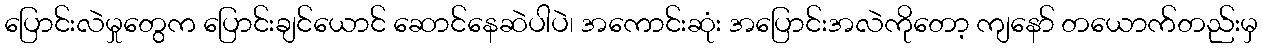
ပြောင်းလဲမှုတွေက ပြောင်းချင်ယောင် ဆောင်နေဆဲပါပဲ၊ အကောင်းဆုံး အပြောင်းအလဲကိုတော့ ကျနော် တယောက်တည်းမှ